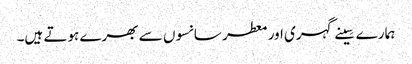
ہمارے سِینے گہری اور معطر سانسوں سے بھرے ہوتے ہیں۔